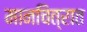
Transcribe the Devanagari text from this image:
मानचित्रात